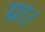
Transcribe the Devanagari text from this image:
ग्रा।